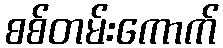
စစ်တမ်းကောက်